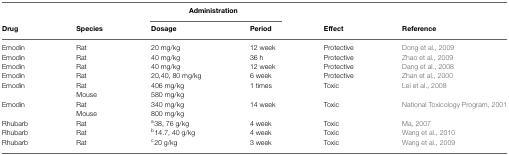
|  |  | <COLSPAN=2> Administration |  |  |
 | Drug | Species | Dosage | Period | Effect | Reference |
 | --- | --- | --- | --- | --- | --- |
 | Emodin | Rat | 20 mg/kg | 12 week | Protective | Dong et al., 2009 |
 | Emodin | Rat | 40 mg/kg | 36 h | Protective | Zhao et al., 2009 |
 | Emodin | Rat | 40 mg/kg | 12 week | Protective | Dang et al., 2008 |
 | Emodin | Rat | 20,40, 80 mg/kg | 6 week | Protective | Zhan et al., 2000 |
 | Emodin | Rat | 406 mg/kg | 1 times | Toxic | Lei et al., 2008 |
 |  | Mouse | 580 mg/kg |  |  |  |
 | Emodin | Rat | 340 mg/kg | 14 week | Toxic | National Toxicology Program, 2001 |
 |  | Mouse | 800 mg/kg |  |  |  |
 | Rhubarb | Rat | a38, 76 g/kg | 4 week | Toxic | Ma, 2007 |
 | Rhubarb | Rat | b14.7, 40 g/kg | 4 week | Toxic | Wang et al., 2010 |
 | Rhubarb | Rat | c20 g/kg | 3 week | Toxic | Wang et al., 2009 |